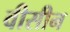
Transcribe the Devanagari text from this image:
वीसीन